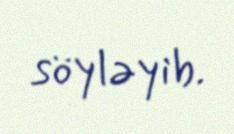
söyləyib.